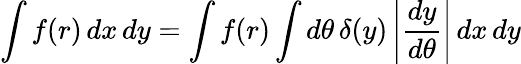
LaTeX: \int f(r)\, dx\, dy=\int f(r)\int d\theta\, \delta(y)\left|{\frac{dy}{d\theta}}\right|\, dx\, dy